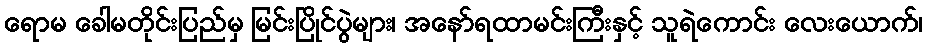
ရောမ ခေါမတိုင်းပြည်မှ မြင်းပြိုင်ပွဲများ၊ အနော်ရထာမင်းကြီးနှင့် သူရဲကောင်း လေးယောက်၊